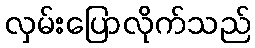
လှမ်းပြောလိုက်သည်